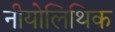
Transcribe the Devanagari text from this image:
नीयोलिथिक